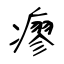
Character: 瘳